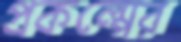
প্রকল্পের